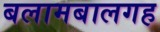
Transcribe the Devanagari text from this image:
बलामबालगह